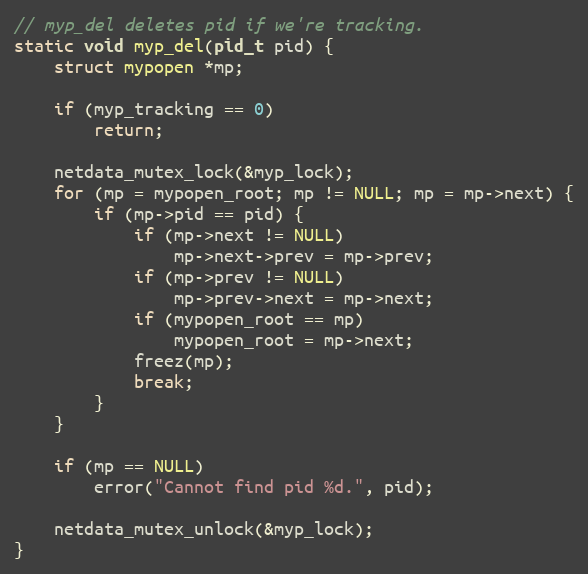
Language: C
// myp_del deletes pid if we're tracking.
static void myp_del(pid_t pid) {
    struct mypopen *mp;

    if (myp_tracking == 0)
        return;

    netdata_mutex_lock(&myp_lock);
    for (mp = mypopen_root; mp != NULL; mp = mp->next) {
        if (mp->pid == pid) {
            if (mp->next != NULL)
                mp->next->prev = mp->prev;
            if (mp->prev != NULL)
                mp->prev->next = mp->next;
            if (mypopen_root == mp)
                mypopen_root = mp->next;
            freez(mp);
            break;
        }
    }

    if (mp == NULL)
        error("Cannot find pid %d.", pid);

    netdata_mutex_unlock(&myp_lock);
}